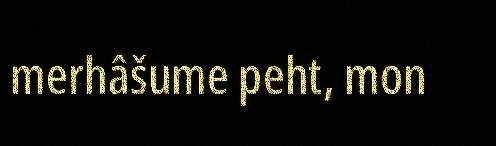
merhâšume peht, mon